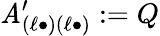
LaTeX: \mathit{A}_{(\ell\bullet)(\ell\bullet)}^{\prime}:=Q